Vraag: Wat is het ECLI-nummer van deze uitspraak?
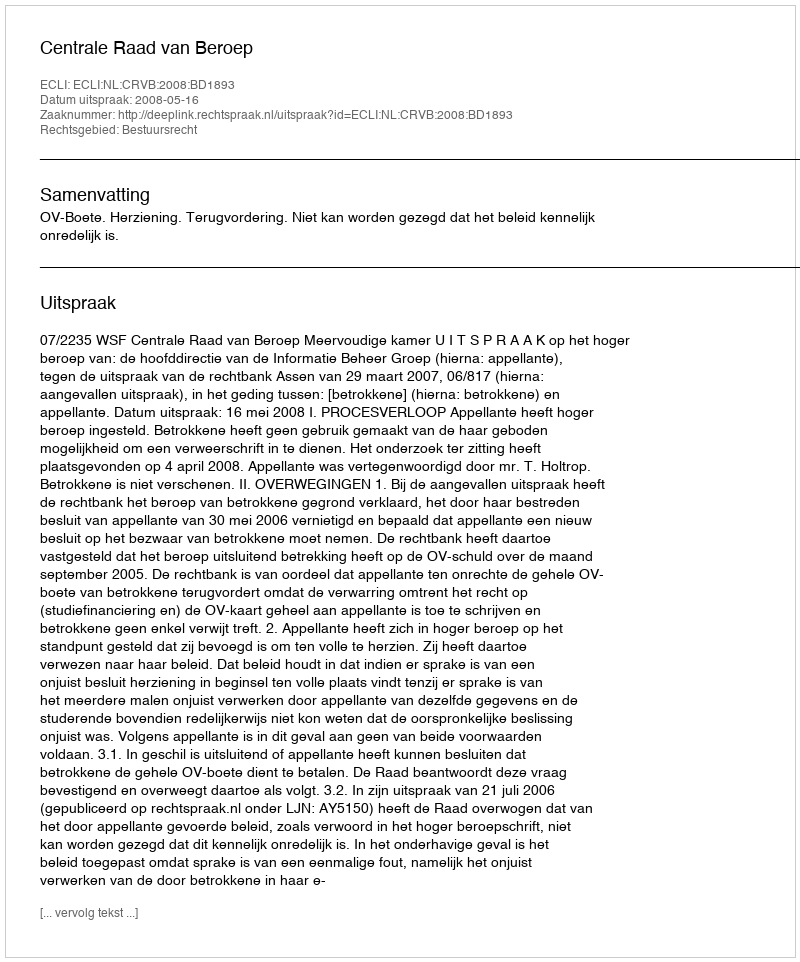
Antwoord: ECLI:NL:CRVB:2008:BD1893